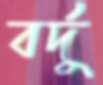
বর্দু